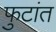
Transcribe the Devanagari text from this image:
फुटांत